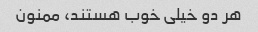
هر دو خیلی خوب هستند، ممنون